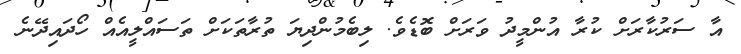
އާ ސަރުކާރަށް ކުރާ އުންމީދު ވަރަށް ބޮޑެވެ. ލިބެމުންދިޔަ ތުރާތަކަށް ތަސައްލީއެއް ހޯދައިދޭނެ